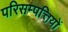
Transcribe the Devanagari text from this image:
परिसम्‍पत्तियों